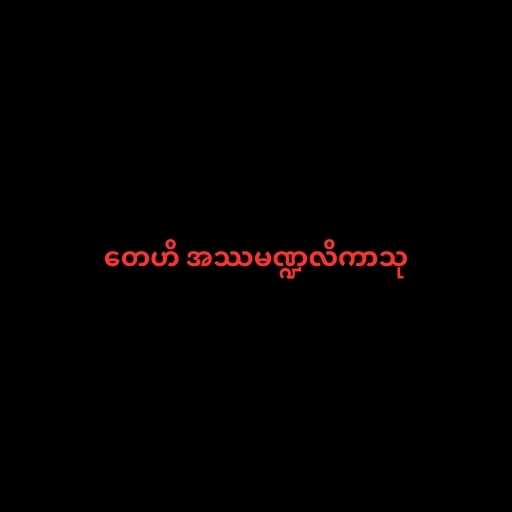
တေဟိ အဿမဏ္ဍလိကာသု